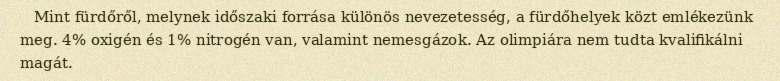
Mint fürdőről, melynek időszaki forrása különös nevezetesség, a fürdőhelyek közt emlékezünk meg. 4% oxigén és 1% nitrogén van, valamint nemesgázok. Az olimpiára nem tudta kvalifikálni magát.